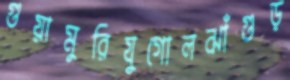
গুয়ামুরিযুগোলঝাঁগুড়